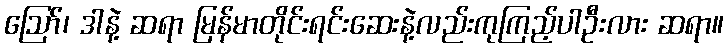
ဪ၊ ဒါနဲ့ ဆရာ မြန်မာတိုင်းရင်းဆေးနဲ့လည်းကုကြည့်ပါဦးလား ဆရာ။